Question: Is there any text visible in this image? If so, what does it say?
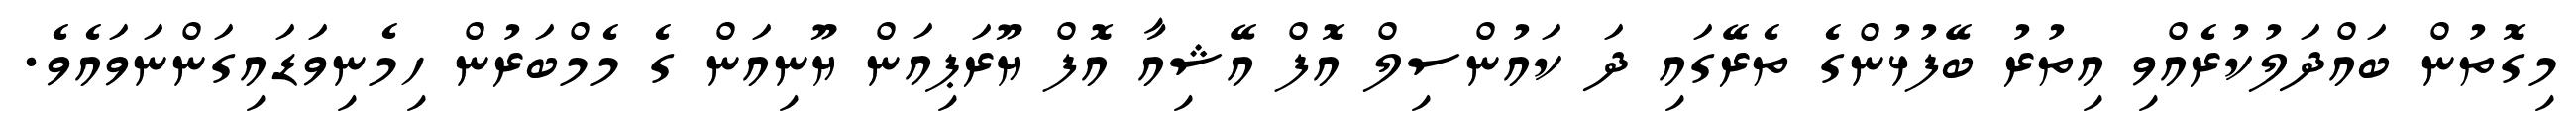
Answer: މިގޮތުން ބައްދަލުކުރެއްވި އިތުރު ބޭފުޅުންގެ ތެރޭގައި ދަ ކައުންސިލް އޮފް އޭޝިއާ އޮފް ޔޫރަޕިއަން ޔޫނިއަން ގެ މެމްބަރުން ހިމެނިވަޑައިގަންނަވައެވެ.